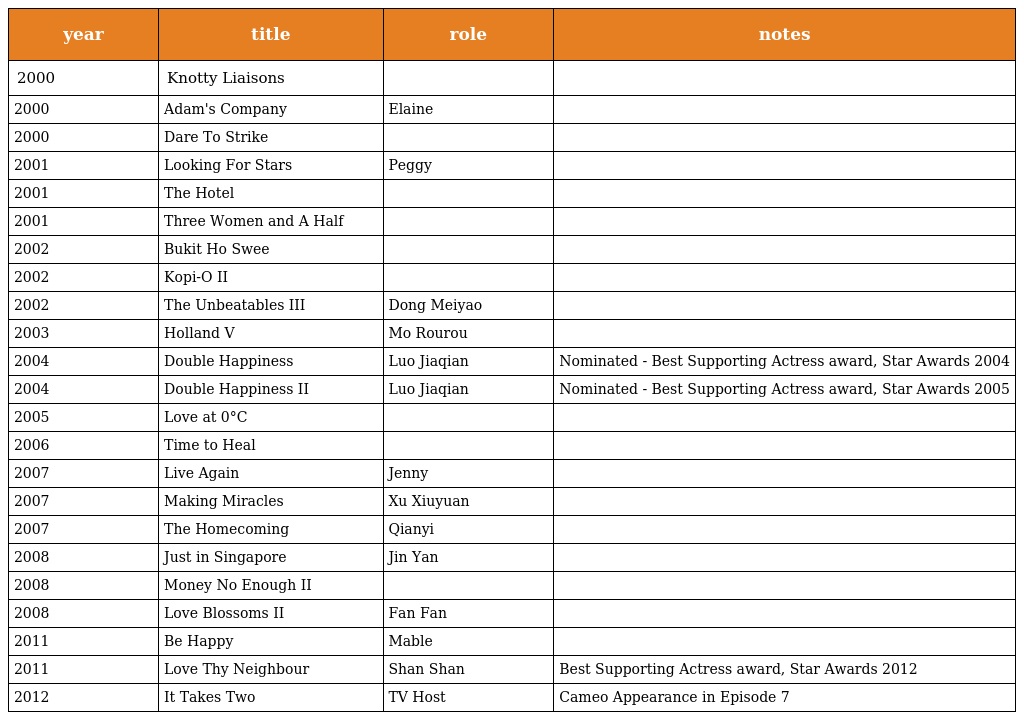
| year | title | role | notes |
 | --- | --- | --- | --- |
 | 2000 | Knotty Liaisons |  |  |
 | 2000 | Adam's Company | Elaine |  |
 | 2000 | Dare To Strike |  |  |
 | 2001 | Looking For Stars | Peggy |  |
 | 2001 | The Hotel |  |  |
 | 2001 | Three Women and A Half |  |  |
 | 2002 | Bukit Ho Swee |  |  |
 | 2002 | Kopi-O II |  |  |
 | 2002 | The Unbeatables III | Dong Meiyao |  |
 | 2003 | Holland V | Mo Rourou |  |
 | 2004 | Double Happiness | Luo Jiaqian | Nominated - Best Supporting Actress award, Star Awards 2004 |
 | 2004 | Double Happiness II | Luo Jiaqian | Nominated - Best Supporting Actress award, Star Awards 2005 |
 | 2005 | Love at 0°C |  |  |
 | 2006 | Time to Heal |  |  |
 | 2007 | Live Again | Jenny |  |
 | 2007 | Making Miracles | Xu Xiuyuan |  |
 | 2007 | The Homecoming | Qianyi |  |
 | 2008 | Just in Singapore | Jin Yan |  |
 | 2008 | Money No Enough II |  |  |
 | 2008 | Love Blossoms II | Fan Fan |  |
 | 2011 | Be Happy | Mable |  |
 | 2011 | Love Thy Neighbour | Shan Shan | Best Supporting Actress award, Star Awards 2012 |
 | 2012 | It Takes Two | TV Host | Cameo Appearance in Episode 7 |